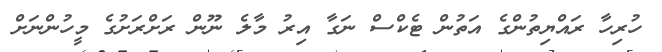
ހުރިހާ ރައްޔިތުންގެ އަތުން ޓެކްސް ނަގާ އިރު މާލެ ނޫން ރަށްރަށުގެ މީހުންނަށް